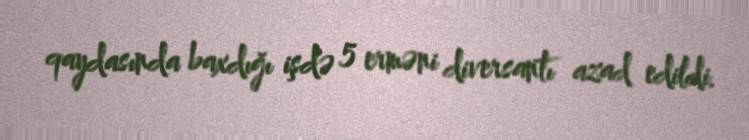
qaydasında baxdığı işdə 5 erməni diversantı azad edildi.